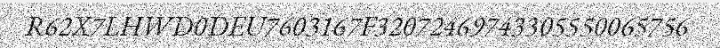
R62X7LHWD0DEU7603167F32072469743305550065756